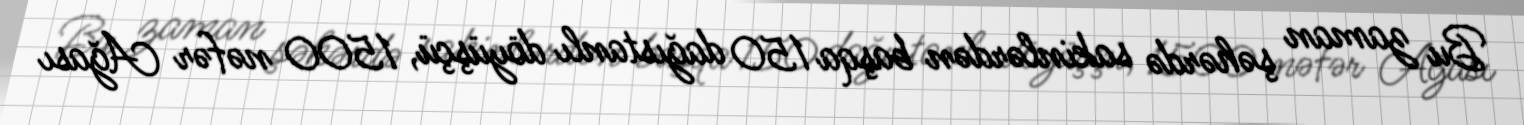
Bu zaman şəhərdə sakinlərdən başqa 150 dağıstanlı döyüşçü, 1500 nəfər Ağası